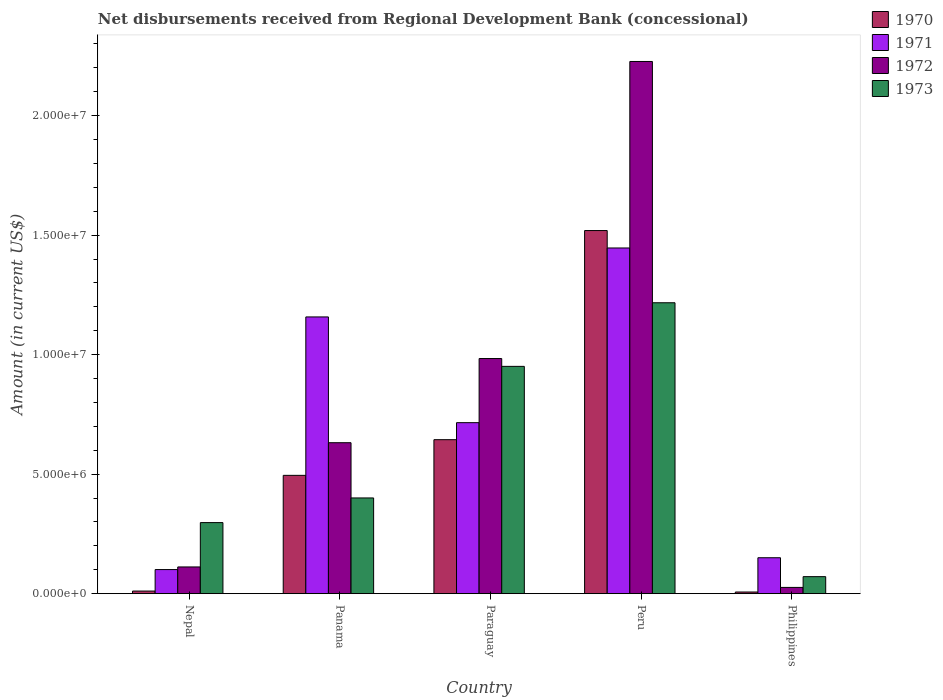
| Country | 1970 | 1971 | 1972 | 1973 |
 | --- | --- | --- | --- | --- |
 | Nepal | 1.09e+05 | 1.01e+06 | 1.12e+06 | 2.97e+06 |
 | Panama | 4.95e+06 | 1.16e+07 | 6.32e+06 | 4.00e+06 |
 | Paraguay | 6.44e+06 | 7.16e+06 | 9.84e+06 | 9.51e+06 |
 | Peru | 1.52e+07 | 1.45e+07 | 2.23e+07 | 1.22e+07 |
 | Philippines | 6.9e+04 | 1.5e+06 | 2.61e+05 | 7.12e+05 |